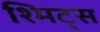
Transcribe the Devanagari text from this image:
श्मिट्स